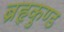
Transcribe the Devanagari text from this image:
ब्रहृकुण्ड